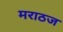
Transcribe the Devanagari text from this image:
मराठज